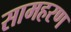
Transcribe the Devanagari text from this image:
सामहरण